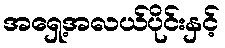
အရှေ့အလယ်ပိုင်းနှင့်